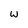
Character: W